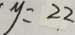
y = 2 2